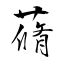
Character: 蓨